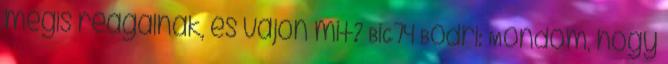
mégis reagálnak, és vajon mit? BiG74 Bodri: Mondom, hogy